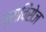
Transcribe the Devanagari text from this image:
प्राविंसेज